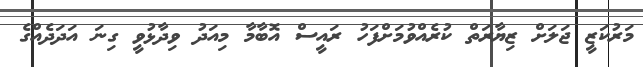
މަރުކަޒީ ޖަލަށް ޒިޔާރަތް ކުރެއްވުމަށްފަހު ރައީސް އޮބާމާ މިއަދު ވިދާޅުވީ ގިނަ އަދަދެއްގެ